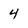
Character: 4